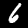
Label: 6